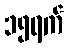
၁၅ရက်